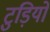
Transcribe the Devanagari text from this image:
टुड़ियों